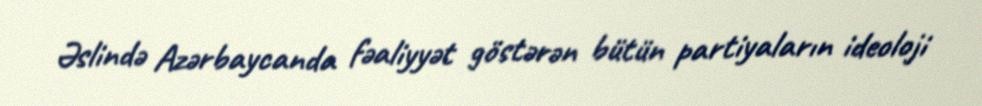
Əslində Azərbaycanda fəaliyyət göstərən bütün partiyaların ideoloji